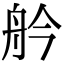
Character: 䑤